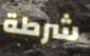
شرطة